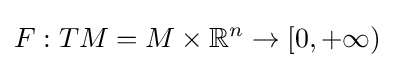
F:TM=M\times \mathbb {R} ^{n}\to [0,+\infty )